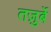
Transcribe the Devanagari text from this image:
तज़ुर्बे